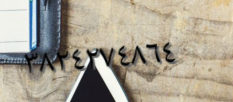
٣٨٢٤٢٧٤٨٦٤